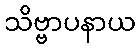
သိဗ္ဗာပနာယ